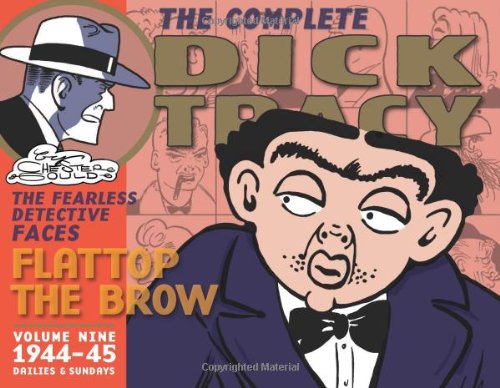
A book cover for Complete Chester Gould's Dick Tracy Volume 9; Chester Gould; Humor & Entertainment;